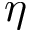
\eta